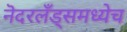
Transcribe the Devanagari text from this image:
नॆदरलँड्समध्येच